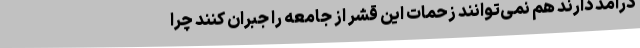
درآمد دارند هم نمی‌توانند زحمات این قشر از جامعه را جبران کنند چرا